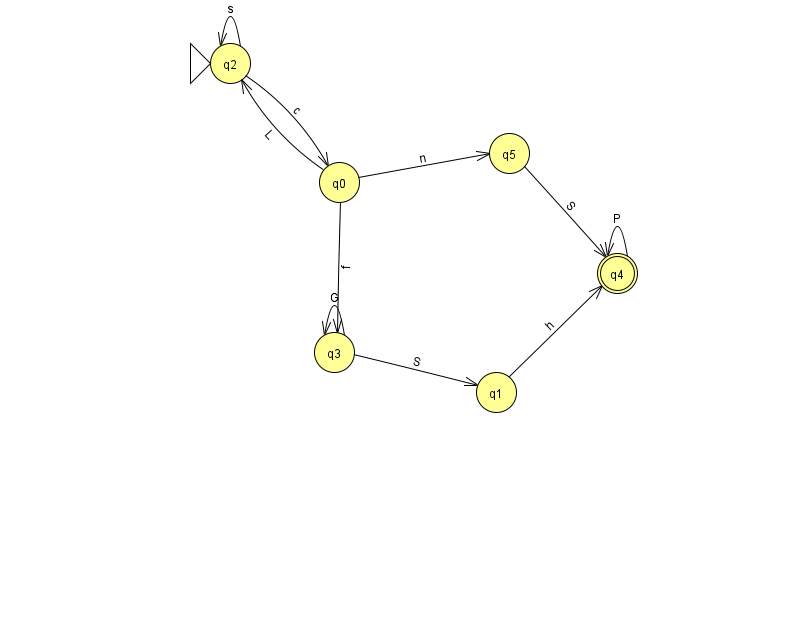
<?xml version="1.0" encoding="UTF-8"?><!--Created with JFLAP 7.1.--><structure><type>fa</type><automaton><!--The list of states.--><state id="0" name="q0"><x>339.0</x><y>169.0</y></state><state id="1" name="q1"><x>496.0</x><y>379.0</y></state><state id="2" name="q2"><x>230.0</x><y>50.0</y><initial/></state><state id="3" name="q3"><x>334.0</x><y>339.0</y></state><state id="4" name="q4"><x>617.0</x><y>260.0</y><final/></state><state id="5" name="q5"><x>509.0</x><y>140.0</y></state><!--The list of transitions.--><transition><from>4</from><to>4</to><read>P</read></transition><transition><from>1</from><to>4</to><read>h</read></transition><transition><from>0</from><to>2</to><read>L</read></transition><transition><from>2</from><to>2</to><read>s</read></transition><transition><from>3</from><to>3</to><read>G</read></transition><transition><from>5</from><to>4</to><read>S</read></transition><transition><from>0</from><to>5</to><read>n</read></transition><transition><from>0</from><to>3</to><read>f</read></transition><transition><from>2</from><to>0</to><read>c</read></transition><transition><from>3</from><to>1</to><read>S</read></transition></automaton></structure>